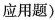
应用题）